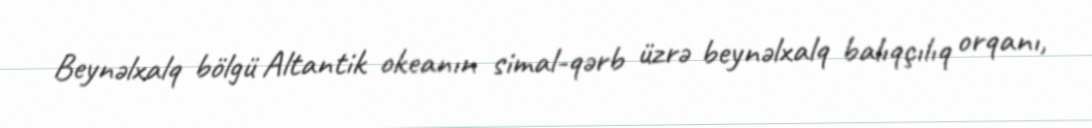
Beynəlxalq bölgü Altantik okeanın simal-qərb üzrə beynəlxalq balıqçılıq orqanı,